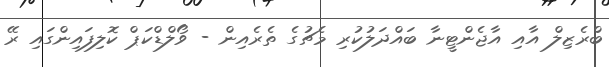
ބްރެޒިލް އާއި އާޖެންޓީނާ ބައްދަލުކުރި މެޗުގެ ތެރެއިން - ވޯލްޑްކަޕް ކޮލިފައިންގައި ރޭ